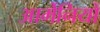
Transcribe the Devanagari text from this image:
आर्मेनियों